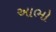
આભો